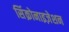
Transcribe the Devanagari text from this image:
सिंक्रोनाइज़ेशन